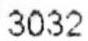
3032